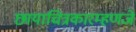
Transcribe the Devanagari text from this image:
छायाचित्रकारम्हणजे